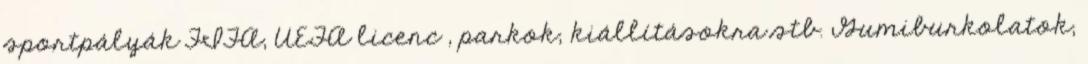
sportpályák FIFA, UEFA licenc , parkok, kiállításokra stb. Gumiburkolatok,